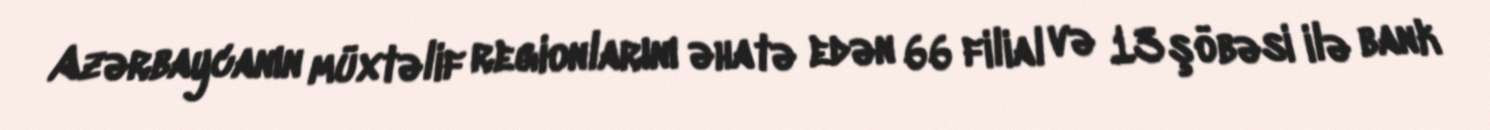
Azərbaycanın müxtəlif regionlarını əhatə edən 66 filial və 13 şöbəsi ilə bank